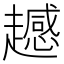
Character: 𧾔